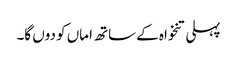
پہلی تنخواہ کے ساتھ اماں کو دوں گا۔